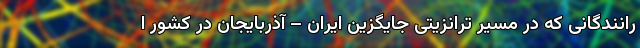
رانندگانی که در مسیر ترانزیتی جایگزین ایران – آذربایجان در کشور ا